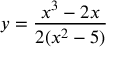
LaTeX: y = { \frac { x ^ { 3 } - 2 x } { 2 ( x ^ { 2 } - 5 ) } }